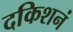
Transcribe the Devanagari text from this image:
दकिशनं